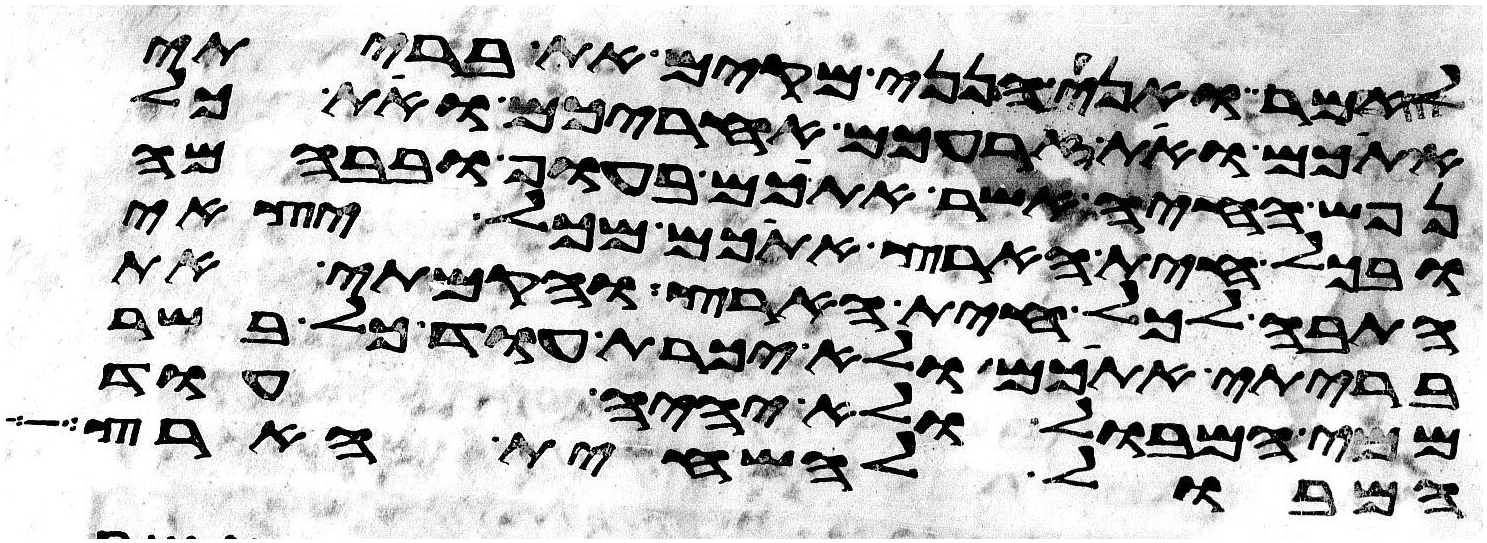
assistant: לאמר ואני הנני מקים את בריתי
אתכם ואת זרעכם אחריכם ואת כל
נפש החיה אשר אתכם בעוף ובבהמה
ובכל חית הארץ אתכם מכל יצאי
התבה לכל חית הארץ והקמתי את
בריתי אתכם ולא יכרת עוד כל בשר
ממי המבול ולא יהיה עוד
המבול להשחית הארץ